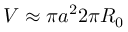
V \approx \pi a ^ { 2 } 2 \pi R _ { 0 }